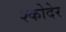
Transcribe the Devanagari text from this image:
श्कोदेर